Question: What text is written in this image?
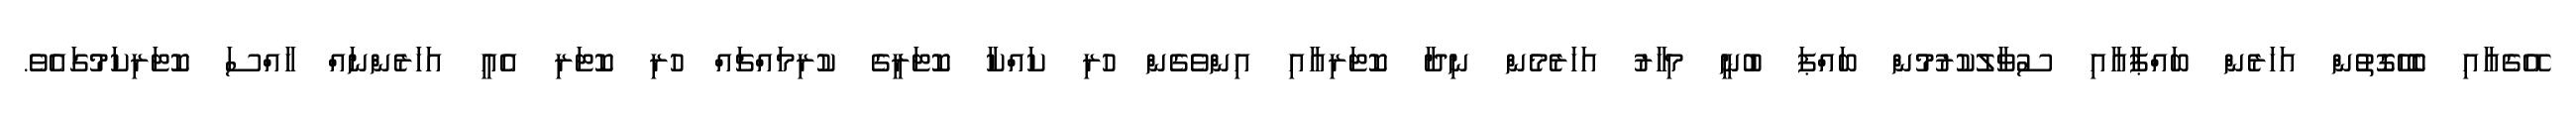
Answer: އޭގެއާއި ބެހޭގޮތުން އަހަރެން ބައްޕާއާއި ސުވާލުކުރުމުން ބައްޕަ ބުނީ މިހާރު އަހަރެމެން ނިދާ ކޮޓަރިއާއި އިންވެގެން ހުރި ކައްކާ ކޮޓަރީގެ ކުރިމައްޗައް ހުރި ކޮޓަރި އެއީ އަހަރެންނައް ހާއްސަ ކޮޓަރިކަމުގައެވެ.